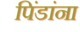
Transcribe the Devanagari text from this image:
पिंडांना